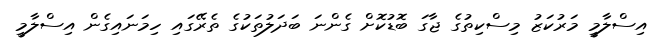
އިސްލާމީ މަރުކަޒު މިސްކިތުގެ ޖާގަ ބޮޑުކޮށް ގެންނަ ބަދަލުތަކުގެ ތެރޭގައި ހިމަނައިގެން އިސްލާމީ